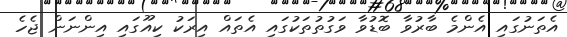
އެތަނުގައި އެންމެ ބާރުވާ ބޮޑުވާ ވަގުތުތަކުގައި އެތައް އިރަކު ކިއޫގައި އިންނަން ޖެހެ